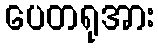
ပေတရုအား